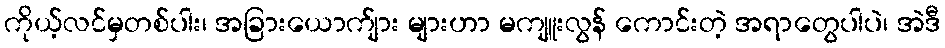
ကိုယ့်လင်မှတစ်ပါး၊ အခြားယောက်ျား များဟာ မကျူးလွန် ကောင်းတဲ့ အရာတွေပါပဲ၊ အဲဒီ